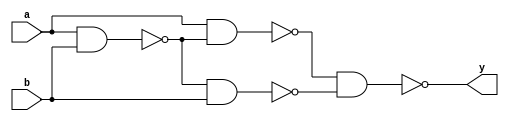
`timescale 1ns / 1ps
//////////////////////////////////////////////////////////////////////////////////
// Company: 
// Engineer: 
// 
// Design Name: 
// Module Name: xor_nand
// Project Name: 
// Target Devices: 
// Tool Versions: 
// Description: 
// 
// Dependencies: 
// 
// Revision:
// Revision 0.01 - File Created
// Additional Comments:
// 
//////////////////////////////////////////////////////////////////////////////////


module xor_nand(input a, b, output y);

wire temp1, temp2, temp3;

nand n10(temp1, a, b);
nand n11(temp2, a, temp1);
nand n12(temp3, temp1, b);
nand n13(y, temp2, temp3);

endmodule